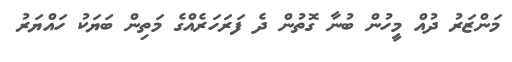
މަންޒަރު ދުއް މީހުން ބުނާ ގޮތުން ދެ ފަރަހަރެއްގެ މަތިން ބަޔަކު ހައްޔަރު